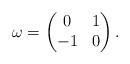
LaTeX: \begin{align*} \omega = \begin{pmatrix} 0 & 1 \\ -1 & 0 \end{pmatrix}. \end{align*}